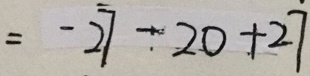
= - 2 7 - 2 0 + 2 7